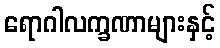
ရောဂါလက္ခဏာများနှင့်